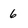
Character: 6